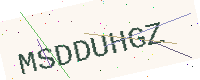
Text: MSDDUHGZ